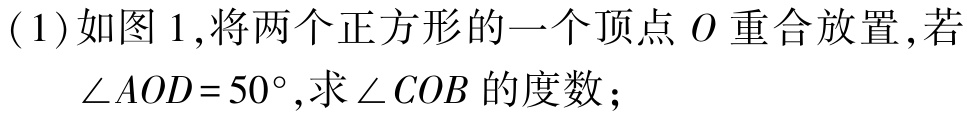
(1)如图1,将两个正方形的一个顶点\(O\)重合放置,若\(\angle AOD = 50^{\circ}\),求\(\angle COB\)的度数；